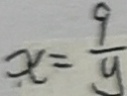
x = \frac { 9 } { y }